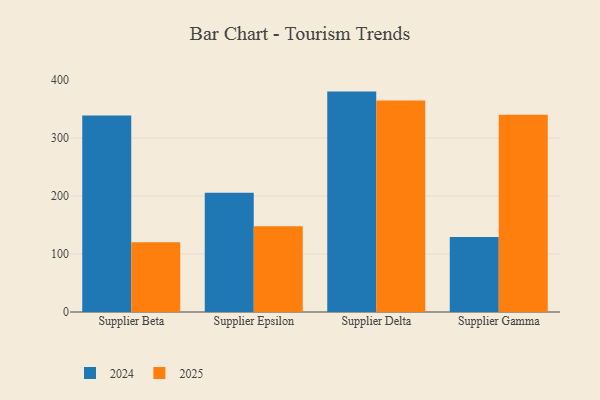
{"axis": {"x": "Supplier", "y": "Waste Production (Tons)"}, "legend": ["2024", "2025"], "data": [{"x": "Supplier Beta", "y": 338.6, "type": "2024"}, {"x": "Supplier Beta", "y": 120.4, "type": "2025"}, {"x": "Supplier Epsilon", "y": 205.5, "type": "2024"}, {"x": "Supplier Epsilon", "y": 147.7, "type": "2025"}, {"x": "Supplier Delta", "y": 380.0, "type": "2024"}, {"x": "Supplier Delta", "y": 364.7, "type": "2025"}, {"x": "Supplier Gamma", "y": 129.2, "type": "2024"}, {"x": "Supplier Gamma", "y": 340.2, "type": "2025"}]}